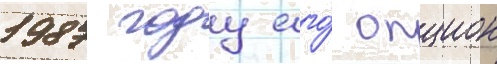
1987 году его́ опцион